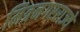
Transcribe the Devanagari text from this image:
मित्रनगरराज्ये